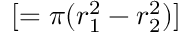
[ = \pi ( r _ { 1 } ^ { 2 } - r _ { 2 } ^ { 2 } ) ]